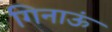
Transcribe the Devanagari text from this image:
गिनाऊं